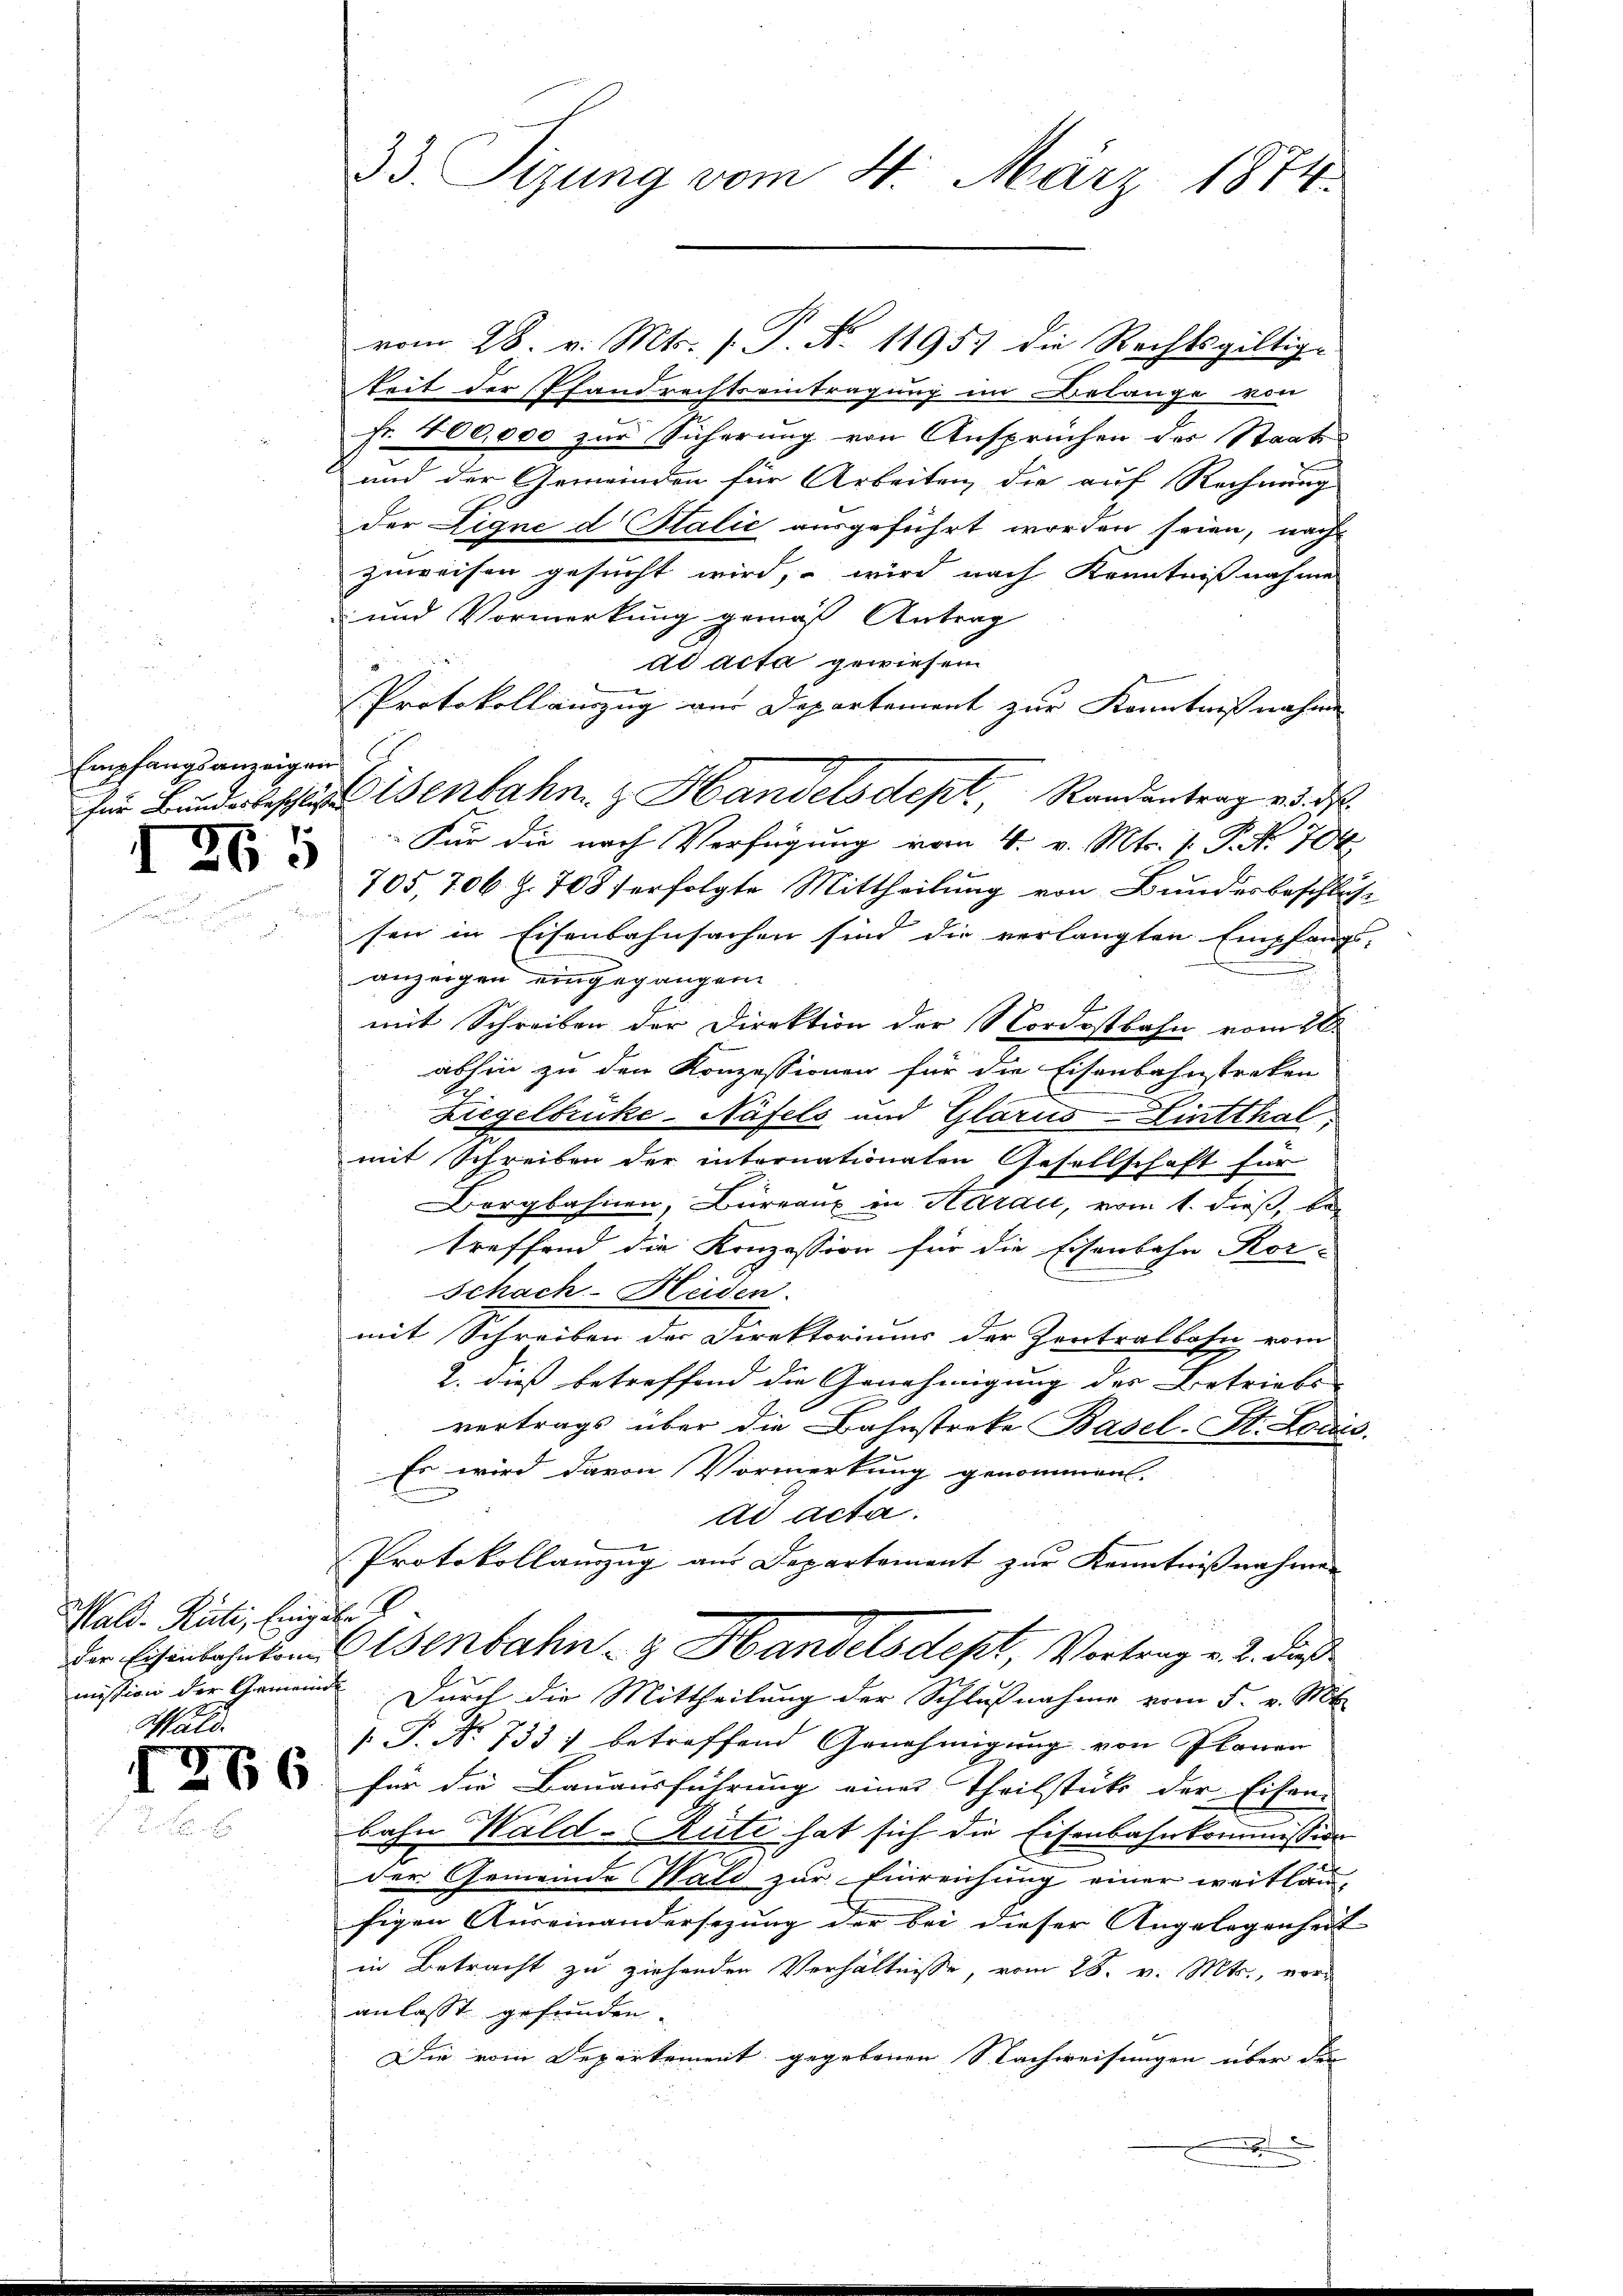
Empfangsanzeigen

25

Mald-Rüti, Eingabe

vom 28. v. Mts. (T. N. 11953 die Rechtsgültig-
keit der Pfandrechtseintragung im Belange von
Fr. 200,000 zur Sicherung von Ansprüchen des Staats
und der Gemeinden für Arbeiten die auf Rechnung
der Lique d Italić ausgeführt worden seien, nach
zuweisen gesucht wird, – wird nach Kenntnißnahme
und Vormerkung gemäß Antrag
ad acta gewiesem
Protokollauszug vor Departement zur Kenntnißnahme
Für die nach Verfügung vom 4. v. Mts. 1. P. Nr. 704
705, 706. Z. 768 f erfolgte Mittheilung von Bundesbeschlus
sen in Eisenbahnsachen sind die verlangten Empfangs-
anzeigen eingegangen
mit Schreiben der Direktion der Nordostbahn vom 28.
abhin zu den Konzessionen für die Eisenbahnstreten
Liegelbrüke-Näfels und Glarus-Fintthal
mit Schreiben der internationalen Gesellschaft für
Bergbahnen, Büreaux in Herau, vom 1. dieß, be
treffend die Konzession für die Eisenbahn Kor-
Schach-Heiden.
mit Schreiben der Direktoriums der Zentralbahn vom
2. dieß betreffend die Genehmigung der Betriebs
vertrags über die Bahnstreke Basel-St. Louis.
Es wird davon Vormerkung genommen.
ad acta.
Protokollanzug aus Departement zur Kenntnißnahme
Der Eisenbahnten enbahn- & Handelsdept, Vortrag v. 2. dieß
mission der Gemeinde Durch die Mittheilung der Schlußnahme vom 5. v. Mt
[ P. Nr. 733. betreffend Genehmigung von Planen
  für die Bauausführung einer Theilstücke der Eiferi
bahn Wald–Rüti hat sich die Eisenbahnkommission
der Gemeinde Wald zur Einreichung einer weitläufigen Auseinandersezung der bei dieser Angelegenheit
in Betracht zu ziehenden Verhältnisse, vom 28. v. Mts., voranlasst gefunden.
Die vom Departement gegebenen Nachweisungen über der
e

33. Tizung vom 4. März 1874.

für Bundesbeschlossenbahn & Handelsdept, Randantrag d. d.